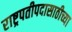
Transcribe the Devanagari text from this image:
राष्ट्रपतीपदासाठीच्या